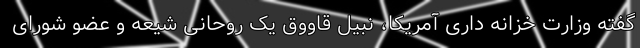
گفته وزارت خزانه داری آمریکا، نبیل قاووق یک روحانی شیعه و عضو شورای